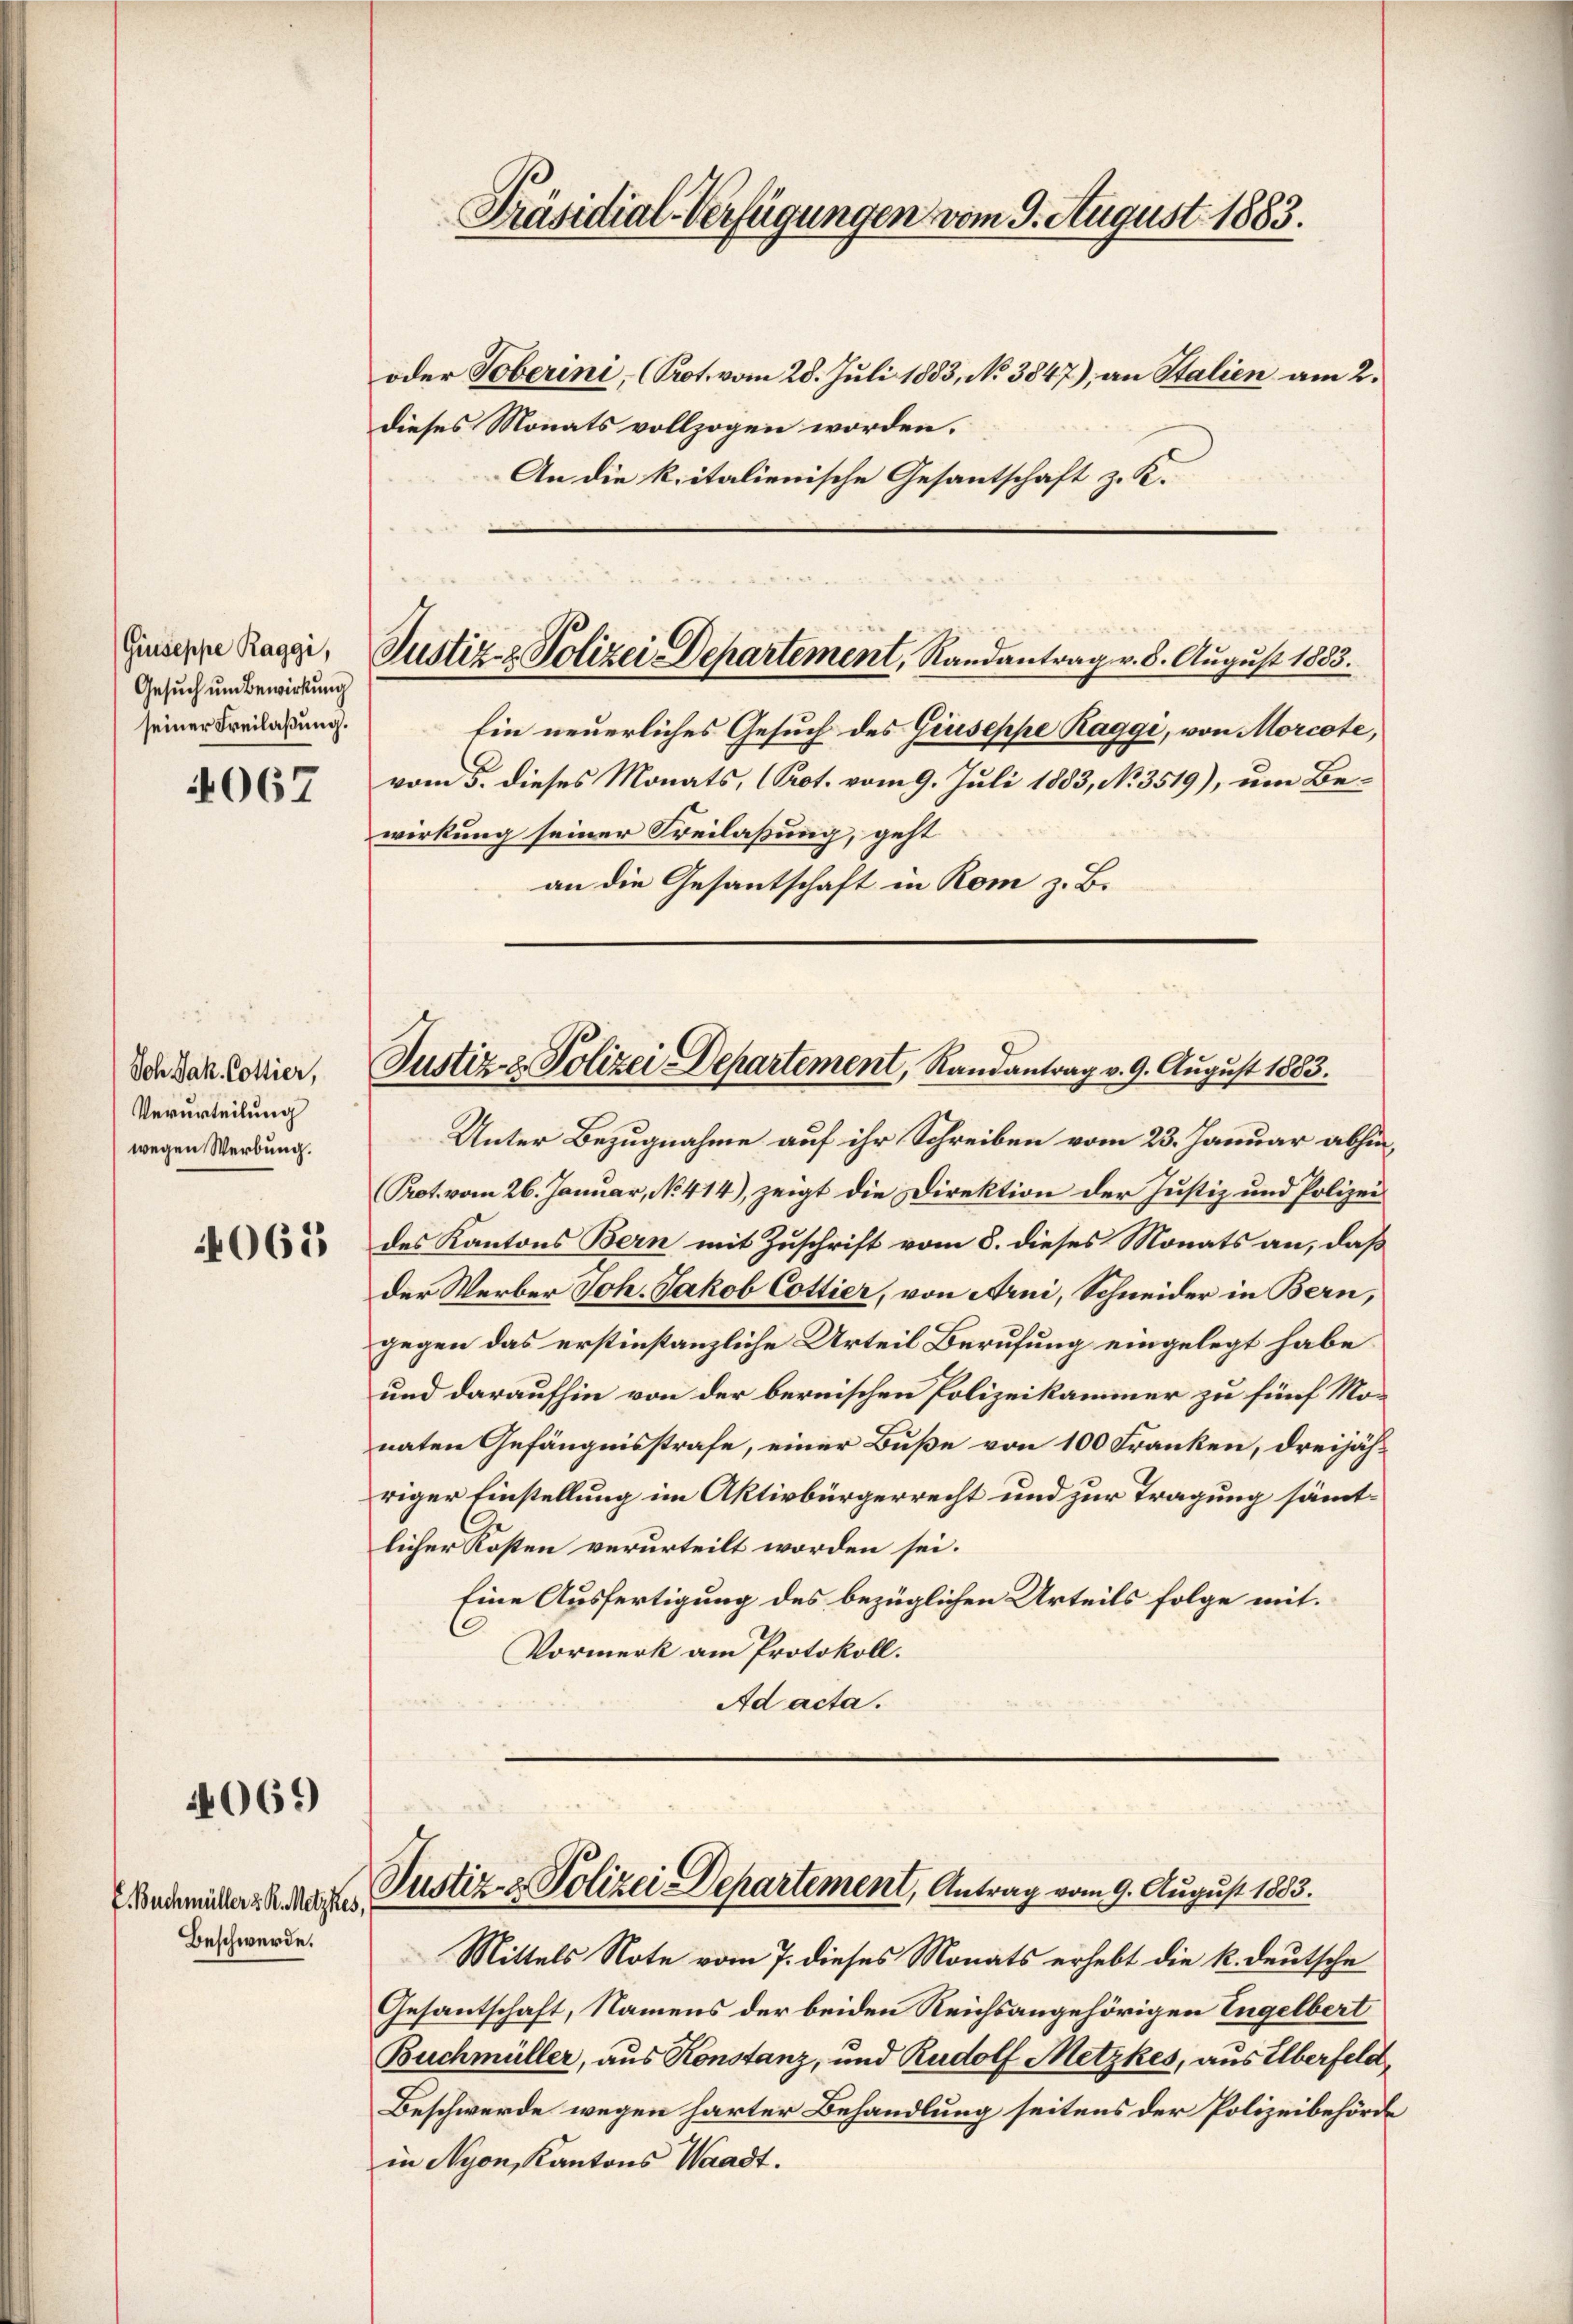
Giuseppe Raggi,
Gesuch um Bewirkung
seiner Freilaßung.

4067

Sch Jak. Cottier,
Verurteilung
wegen Werbung.

4065

4069)

E. Buchmüller z. R. Metzkes,
Beschwerde.

oder Toberini, (Prot. vom 28. Juli 1883, No 3847), an Stalien am 2.
dieses Monats vollzogen worden.
An die k. italienische Gesantschaft z. K.

Präsidial-Verfügungen vom 9. August 1883.

Ein neuerliches Gesuch des Giuseppe Raggi, von Morcote,
vom 5. dieses Monats, (Prot. vom 9. Juli 1883, No. 3519), um Bewirkung seiner Freilaßung, geht
an die Gesantschaft in Rom z. B.

Justiz- & Polizei Departement, Randantrag v. 8. August 1883.

Justiz & Polizei Departement, Randantrag v. 9. August 1883.

Unter Bezugnahme auf ihr Schreiben vom 23. Januar abhin
Prot. vom 26. Januar, No 414), zeigt die Direktion der Justiz und Polizei
des Kantons Bern mit Zuschrift vom 8. dieses Monats an, daß
der Werber Joh. Jakob Cottier, von Arni, Schneider in Bern,
gegen das erstinstanzliche Urteil Berufung eingelegt habe
und daraufhin von der bernischen Polizeikammer zu fünf Monaten Gefängnisstrafe, einer Buße von 100 Franken, dreijäh-
riger Einstellung im Aktivbürgerrecht und zur Tragung sämmtlicher Kosten verurteilt worden sei.
Eine Ausfertigung des bezüglichen Urteils folge mit¬
Vormerk am Protokoll.
Ad acta.

Justiz & Polizei Departement, Antrag vom 9. August 1883.

Mittels Note vom 7. dieses Monats erhebt die k. deutsche
Gesantschaft, Namens der beiden Reichsangehörigen Engelbert
Buchmüller, aus Konstanz, und Rudolf Metzkes, aus Elberfeld,
Beschwerde wegen harter Behandlung seitens der Polizeibehörde
in Nyon, Kantons Waadt.